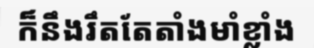
ក៏នឹងរឹតតែតាំងមាំខ្លាំង